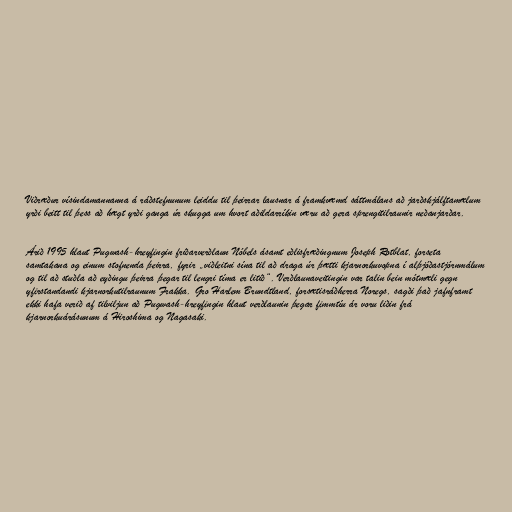
Viðræður vísindamannanna á ráðstefnunum leiddu til þeirrar lausnar á framkvæmd sáttmálans að jarðskjálftamælum
yrði beitt til þess að hægt yrði ganga úr skugga um hvort aðildarríkin væru að gera sprengitilraunir neðanjarðar.

Árið 1995 hlaut Pugwash-hreyfingin friðarverðlaun Nóbels ásamt eðlisfræðingnum Joseph Rotblat, forseta
samtakana og einum stofnenda þeirra, fyrir „viðleitni sína til að draga úr þætti kjarnorkuvopna í alþjóðastjórnmálum
og til að stuðla að eyðingu þeirra þegar til lengri tíma er litið“. Verðlaunaveitingin var talin bein mótmæli gegn
yfirstandandi kjarnorkutilraunum Frakka. Gro Harlem Brundtland, forsætisráðherra Noregs, sagði það jafnframt
ekki hafa verið af tilviljun að Pugwash-hreyfingin hlaut verðlaunin þegar fimmtíu ár voru liðin frá
kjarnorkuárásunum á Hiroshima og Nagasaki.